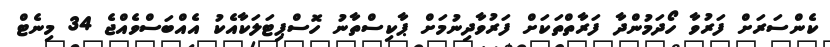
ކެންސަރަށް ފަރުވާ ހޯދަމުންދާ ފަރާތްތަކަށް ފަރުވާދިނުމަށް ޕާކިސްތާނު ހޮސްޕިޓަލަކާއެކު އެއްބަސްވެއްޖެ 34 މިނެޓް